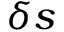
\delta s